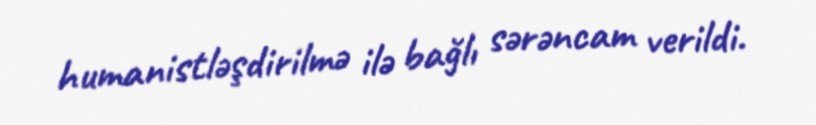
humanistləşdirilmə ilə bağlı sərəncam verildi.